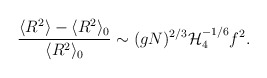
\begin{align*}\frac{\langle R^2 \rangle - \langle R^2 \rangle_0}{\langle R^2 \rangle_0}\sim (gN)^{2/3} {\cal H}_4^{-1/6} f^2.\end{align*}